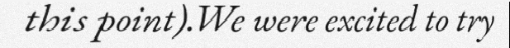
this point).We were excited to try